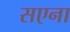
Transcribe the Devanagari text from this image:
सएना